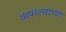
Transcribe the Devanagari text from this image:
वापरल्याच्या